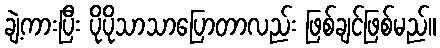
ချဲ့ကားပြီး ပိုပိုသာသာပြောတာလည်း ဖြစ်ချင်ဖြစ်မည်။